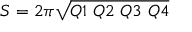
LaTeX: S = 2 \pi \sqrt { Q 1 ~ Q 2 ~ Q 3 ~ Q 4 }